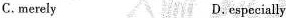
C.merely D.especially